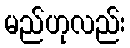
မည်ဟုလည်း